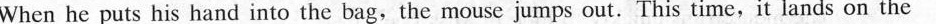
When he puts his hand into the bag,the mouse jumps out.This time,it lands on the